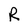
Character: R